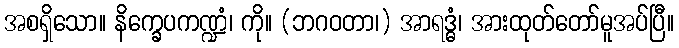
အစရှိသော။ နိက္ခေပကဏ္ဍံ၊ ကို။ (ဘဂဝတာ၊) အာရဒ္ဓံ၊ အားထုတ်တော်မူအပ်ပြီ။